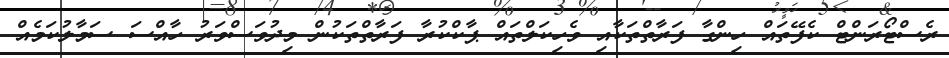
ރެސްޓޯރަންޓް ކެފޭތައް ހިންގާ ފަރާތްތަކާއި ވެހިކަލްތައް ޕާކްކުރާ ފަރާތްތަކުން މިދުވަސްވަރު ހާއްސަ ސަމާލުކަމެއް